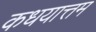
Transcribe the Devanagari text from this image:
कधयात्तम